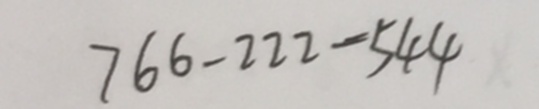
7 6 6 - 2 2 2 = 5 4 4